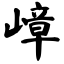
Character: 嶂